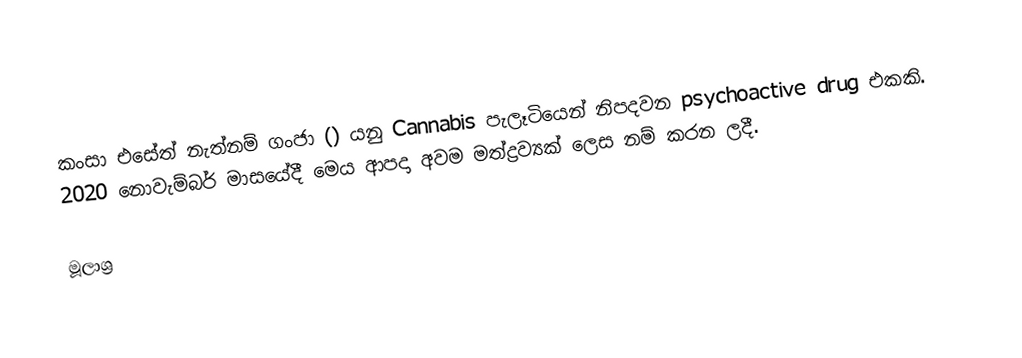
කංසා එසේත් නැත්නම් ගංජා () යනු Cannabis පැලෑටියෙන් නිපදවන psychoactive drug එකකි. 2020 නොවැම්බර් මාසයේදී මෙය ආපදා අවම මත්ද්‍රව්‍යක් ලෙස නම් කරන ලදී.

මූලාශ්‍ර